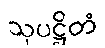
သုပဋ္ဌိတံ